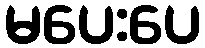
မပေးပေ